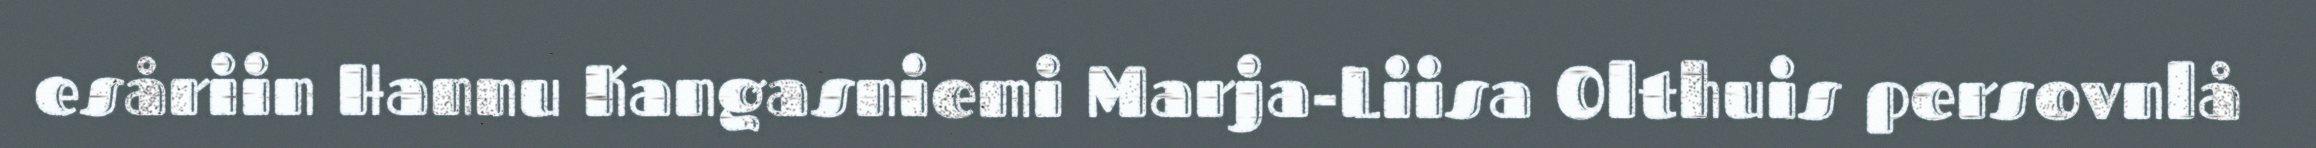
esåriin Hannu Kangasniemi Marja-Liisa Olthuis persovnlå